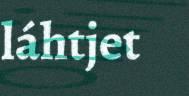
láhtjet